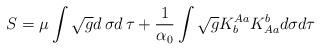
LaTeX: \begin{align*}S = \mu \int \sqrt{g} d\,\sigma d\,\tau + \frac{1}{\alpha_0} \int \sqrt{g} K^{Aa}_b K^b_{Aa} d \sigma d \tau\end{align*}